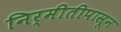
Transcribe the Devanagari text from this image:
निर्मीतीपासून